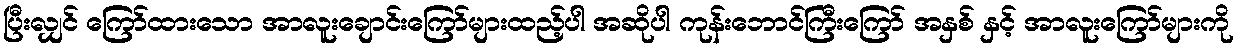
ပြီးလျှင် ကြော်ထားသော အာလူးချောင်းကြော်များထည့်ပါ အဆိုပါ ကုန်းဘောင်ကြီးကြော် အနှစ် နှင့် အာလူးကြော်များကို